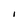
Character: I